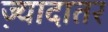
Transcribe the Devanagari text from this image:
ज्‍़यादातर